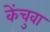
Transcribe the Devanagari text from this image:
केंचुवा